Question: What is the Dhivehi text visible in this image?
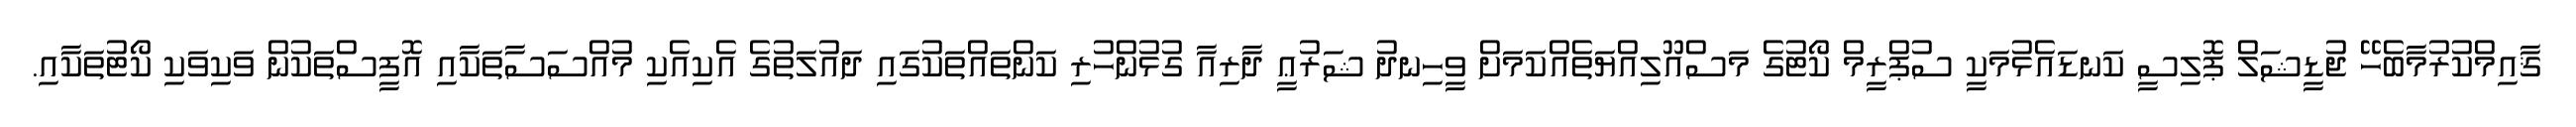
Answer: ޤާއިމްކުރުމާބެހޭ ޖުޑީޝަލް ޕޮލިސީ ކަނޑައެޅުމަކީ ސުޕްރީމް ކޯޓުގެ މަސްއޫލިއްޔަތެއްކަމަށް ވީހިނދު ޝަރުޢީ ދާރިއާ ގުޅުންހުރި ކަންތައްތަކުގައި ދައުލަތުގެ އެކިއެކި މުއްސަސާތަކާއި އޮފީސްތަކުން ވަކިވަކި ކޯޓުތަކާއި.